Memorandum on the prevention of leprosy by segregation of the affected
Disease focus: Leprosy
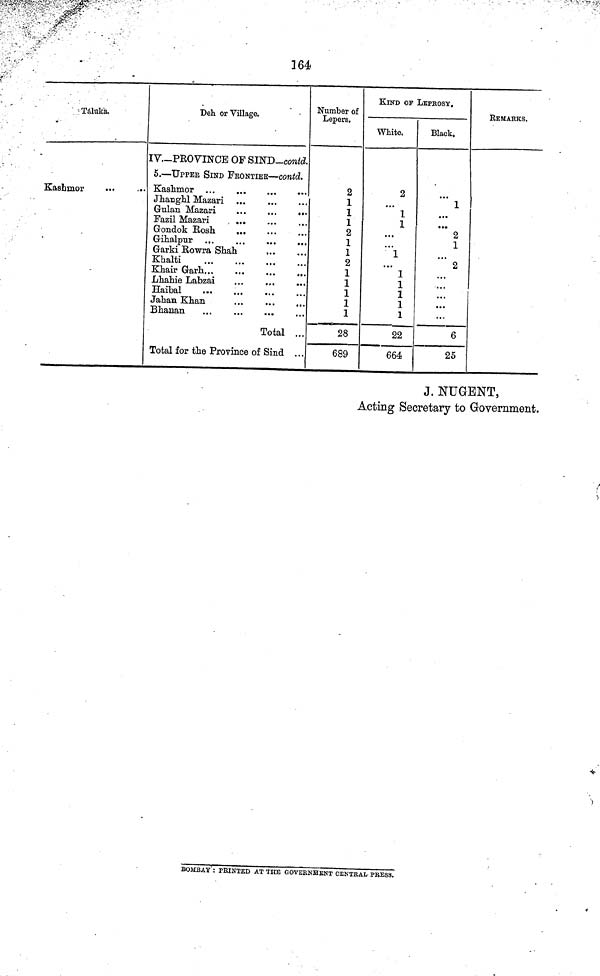
164
Táluka.
Kashmor
Deh or Village.
IV.-PROVINCE OF SINB-contd.
5.—UPPER SIND FKONTIEK—contd.
Jhanghl Mazari ...
Guian Mazarí
...
...
...
Fazil Mazari
...
Gondok Rosh
Gihalpur
Garki Rowra Shah
Khalti
Lhahie Labzai
Haibal
Jahan Khan
Bhauan
Total ...
Total for the Province of Sind ...
Number of
Lepers.
2
1
1
1
2
1
1
2
1
1
1
1
1
28
689
KIND OF LEPBOSY.
White.
2
...
1
1
...
1
...
1
1
1
1
1
22
664
Black,
1
• ••
2
1
2
• • •
• • *
• ••
...
6
25
REMARKS.
J. NUGENT,
Acting Secretary to Government.
BOMBAY: PRINTED AT THE GOVERMENT CENTRAL PRESS.